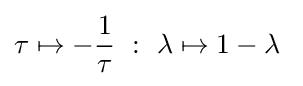
\tau \mapsto -{\frac {1}{\tau }}\ :\ \lambda \mapsto 1-\lambda \